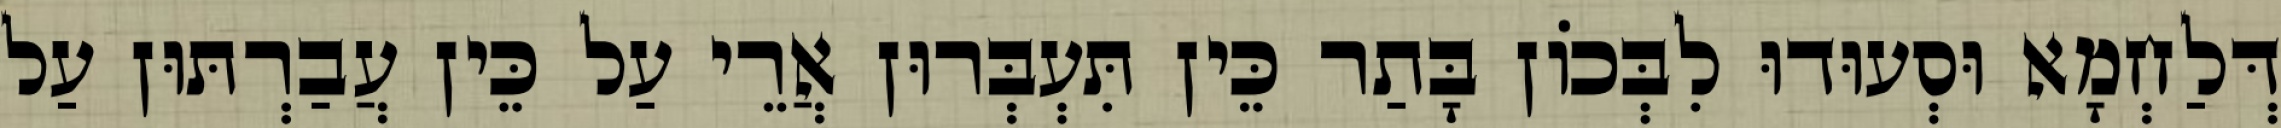
דְּלַחְמָא וּסְעוּדוּ לִבְּכוֹן בָּתַר כֵּין תִּעְבְּרוּן אֲרֵי עַל כֵּין עֲבַרְתּוּן עַל